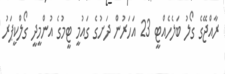
ރާއްޖޭގެ ގޯލު ބަލެހެއްޓީ 23 އަހަރުން ދަށުގެ ގައުމީ ޓީމުގެ އުންމީދީ ގޯލްކީޕަރު